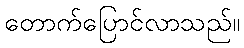
တောက်ပြောင်လာသည်။